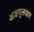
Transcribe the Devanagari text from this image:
अडगुलवार